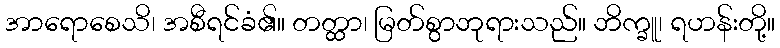
အာရောစေသိ၊ အစီရင်ခံ၏။ တတ္ထာ၊ မြတ်စွာဘုရားသည်။ ဘိက္ခူ၊ ရဟန်းတို့။